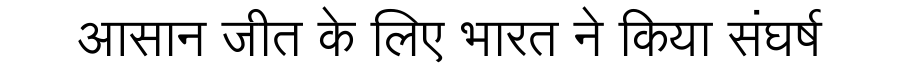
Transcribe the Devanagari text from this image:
आसान जीत के लिए भारत ने किया संघर्ष